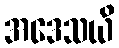
အဒေသယိ